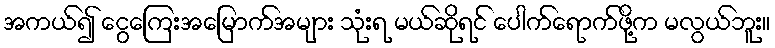
အကယ်၍ ငွေကြေးအမြောက်အများ သုံးရ မယ်ဆိုရင် ပေါက်ရောက်ဖို့က မလွယ်ဘူး။